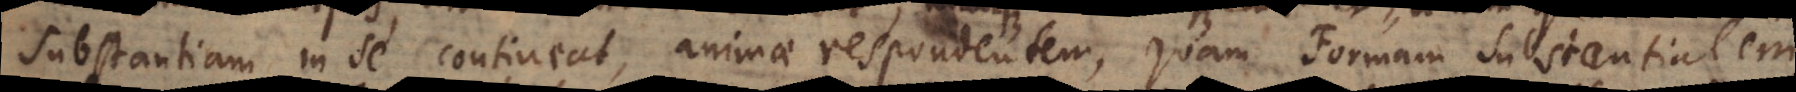
Substantiam in se contineat, animae respondentem, quam Formam Substantialem,